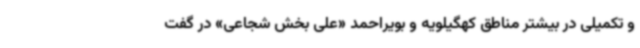
و تکمیلی در بیشتر مناطق کهگیلویه و بویراحمد «علی بخش شجاعی» در گفت